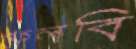
ফেলবি